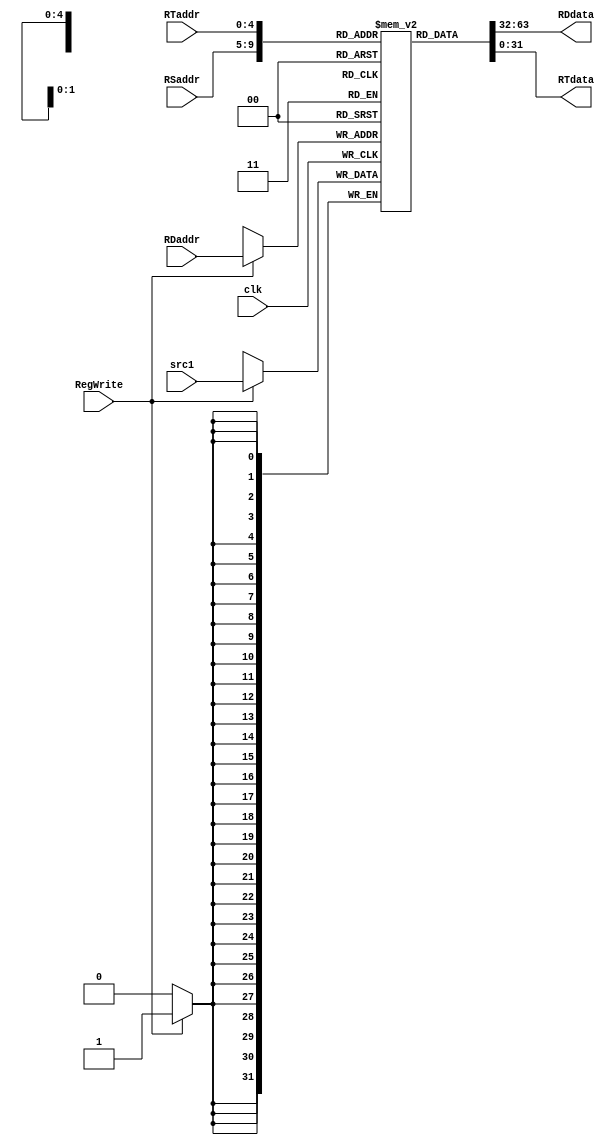

module Register(
clk,
RSaddr, //Read register1
RTaddr, //Read register2
RDaddr, //Write register
RDdata, // Read data1
RTdata, // Read data2
RegWrite, //Control signal
src1); //Write data

input clk,RegWrite;
input [4:0]RTaddr,RSaddr,RDaddr;
output reg [31:0]RDdata,RTdata;
input [31:0]src1;
reg [31:0]Register[31:0];

initial 
begin
Register[0]=0;
Register[1]=75;
Register[2]=543;
Register[3]=74;
Register[4]=57;
Register[5]=29;
Register[6]=77;
Register[7]=83;
Register[8]=117;
Register[9]=82;
Register[10]=37;
Register[11]=53;
Register[12]=43;
Register[13]=107;
Register[14]=122;
Register[15]=305;
Register[16]=123;
Register[17]=171;
Register[18]=307;
Register[19]=24;
Register[20]=32;
Register[21]=75;
Register[22]=369;
Register[23]=374;
Register[24]=75;
Register[25]=75;
Register[26]=74;
Register[27]=369;
Register[28]=22;
Register[29]=500;
Register[30]=1000;
Register[31]=21;
end

always@(negedge clk)//
begin
if(RegWrite)
	begin
	Register[RDaddr]=src1;
	end
end

always@(RTaddr,RSaddr,RDaddr)
begin
RDdata=Register[RSaddr];
RTdata=Register[RTaddr];
end
endmodule